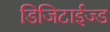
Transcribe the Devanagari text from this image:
डिजिटाईज्ड